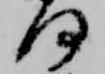
何